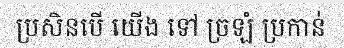
ប្រសិនបើ យើង ទៅ ច្រឡំ ប្រកាន់